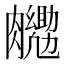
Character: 𮍉